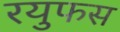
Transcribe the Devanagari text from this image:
रयुफस